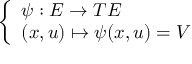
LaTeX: \left\{ \begin{array} { l l } { \psi : E \to T E } \\ { ( x , u ) \mapsto \psi ( x , u ) = V } \end{array} \right.